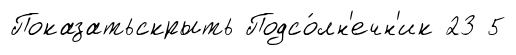
Показатьскрыть Подсо́лн'ечн'ик 23 5